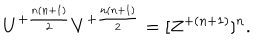
LaTeX: U ^ { + { \frac { n ( n + 1 ) } { 2 } } } V ^ { + { \frac { n ( n + 1 ) } { 2 } } } = [ Z ^ { + { ( n + 1 ) } } ] ^ { n } .